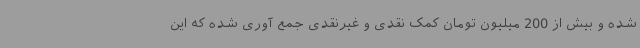
شده و بیش از 200 میلیون تومان کمک نقدی و غیرنقدی جمع آوری شده که این